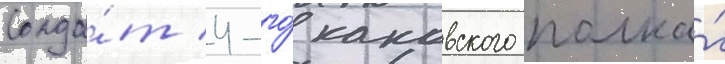
Солда́т 4-го́ каковского полка́